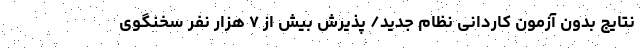
نتایج بدون آزمون کاردانی نظام جدید/ پذیرش بیش از ۷ هزار نفر سخنگوی